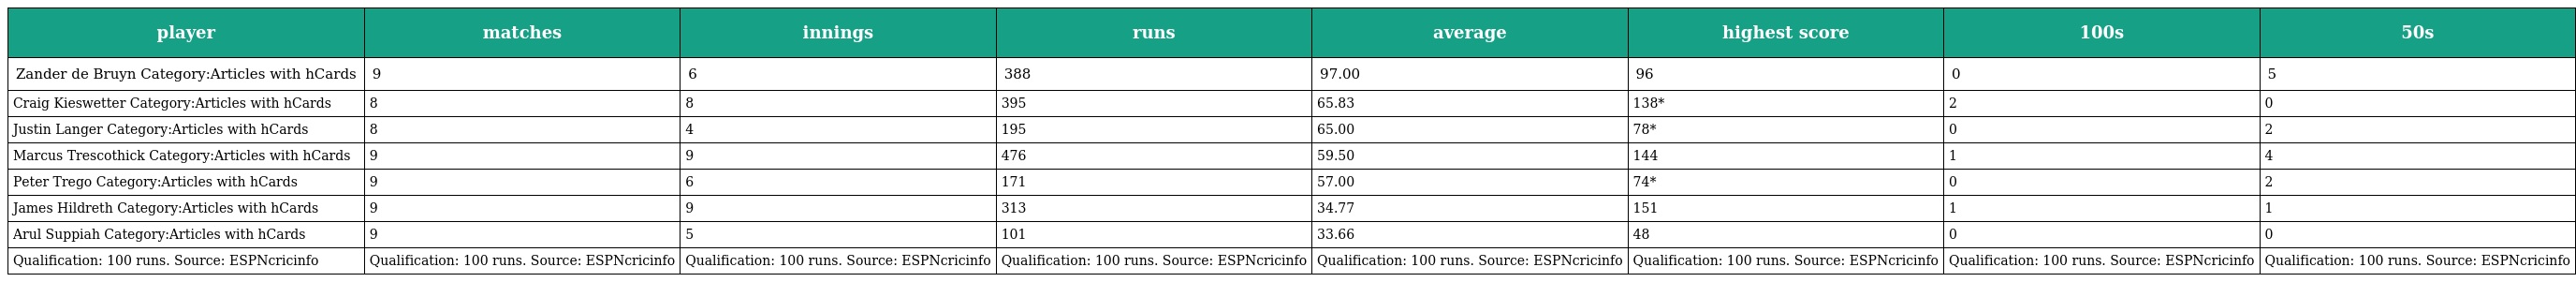
| player | matches | innings | runs | average | highest score | 100s | 50s |
 | --- | --- | --- | --- | --- | --- | --- | --- |
 | Zander de Bruyn Category:Articles with hCards | 9 | 6 | 388 | 97.00 | 96 | 0 | 5 |
 | Craig Kieswetter Category:Articles with hCards | 8 | 8 | 395 | 65.83 | 138* | 2 | 0 |
 | Justin Langer Category:Articles with hCards | 8 | 4 | 195 | 65.00 | 78* | 0 | 2 |
 | Marcus Trescothick Category:Articles with hCards | 9 | 9 | 476 | 59.50 | 144 | 1 | 4 |
 | Peter Trego Category:Articles with hCards | 9 | 6 | 171 | 57.00 | 74* | 0 | 2 |
 | James Hildreth Category:Articles with hCards | 9 | 9 | 313 | 34.77 | 151 | 1 | 1 |
 | Arul Suppiah Category:Articles with hCards | 9 | 5 | 101 | 33.66 | 48 | 0 | 0 |
 | Qualification: 100 runs. Source: ESPNcricinfo | Qualification: 100 runs. Source: ESPNcricinfo | Qualification: 100 runs. Source: ESPNcricinfo | Qualification: 100 runs. Source: ESPNcricinfo | Qualification: 100 runs. Source: ESPNcricinfo | Qualification: 100 runs. Source: ESPNcricinfo | Qualification: 100 runs. Source: ESPNcricinfo | Qualification: 100 runs. Source: ESPNcricinfo |